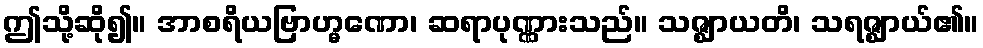
ဤသို့ဆို၍။ အာစရိယဗြာဟ္မဏော၊ ဆရာပုဏ္ဏားသည်။ သဇ္ဈာယတိ၊ သရဇ္ဈာယ်၏။